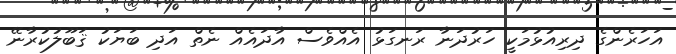
އަހަރެންގެ ދިރިއުޅުމަކީ ހަރުދަނާ ރަނގަޅު އެއްވެސް އާދައެއް ނެތް އަދި ބަޔަކު ޤަބޫލުކުރާނޭ